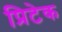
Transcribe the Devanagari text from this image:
प्रिटेक